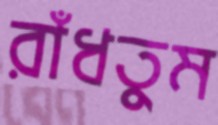
রাঁধতুম